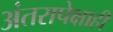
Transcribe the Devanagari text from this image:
अंतरापेक्षाही